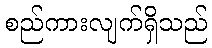
စည်ကားလျက်ရှိသည်